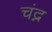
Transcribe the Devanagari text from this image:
चंद्न